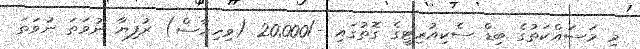
މި މަސައްކަތުގެ ބިޑް ސެކިއުރިޓީގެ ގޮތުގައި -/20